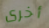
أخرى